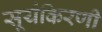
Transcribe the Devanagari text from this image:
सूर्यकिरणी